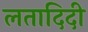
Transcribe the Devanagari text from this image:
लतादिदी